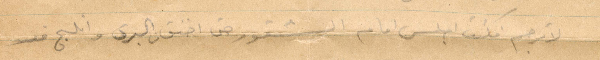
لاترجم فكنت اجلس امام الشفور حتى اخنق من البرد والذلج